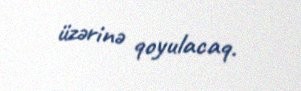
üzərinə qoyulacaq.